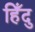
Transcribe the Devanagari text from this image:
हिँदु